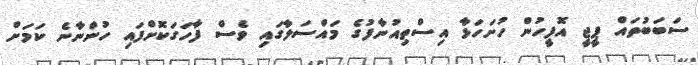
ސަބަބުތައް ޕީޖީ އޮފީހުން ހުށަހަޅާ އިސްތިއުނާފުގެ މައްސަލާގައި ވެސް ފާހަގަކޮށްފައި ހުންނާނެ ކަމަށް